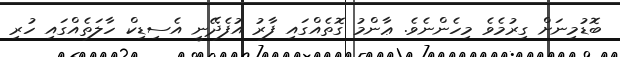
ބޮޑުމިނަށް ގިރުމެވެ މިހެންނެވެ. ޢާންމު ގޮތެއްގައި ފާރު އުފެދޭނީ އެސިޑިކް ހާލަތެއްގައި ހުރި